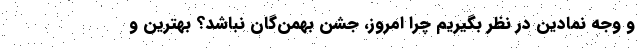
و وجه نمادین در نظر بگیریم چرا امروز، جشن بهمن‌گان نباشد؟ بهترین و